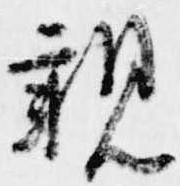
親